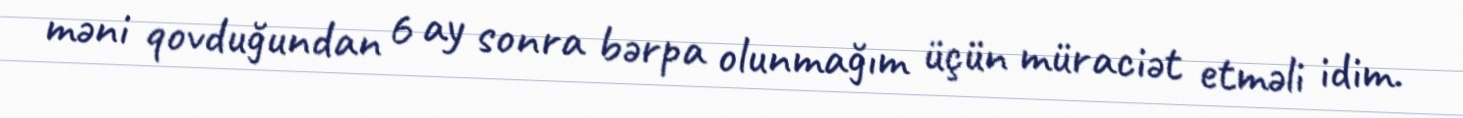
məni qovduğundan 6 ay sonra bərpa olunmağım üçün müraciət etməli idim.